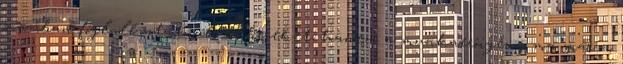
számban foglalkoztatnak embereket, hanem a munkaerôigény ma már a